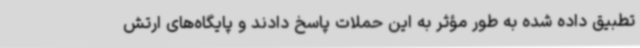
تطبیق داده شده به طور مؤثر به این حملات پاسخ دادند و پایگاه‌های ارتش